Leaving Certificate Examination (including Day School Certificate (Higher) General paper), 1936
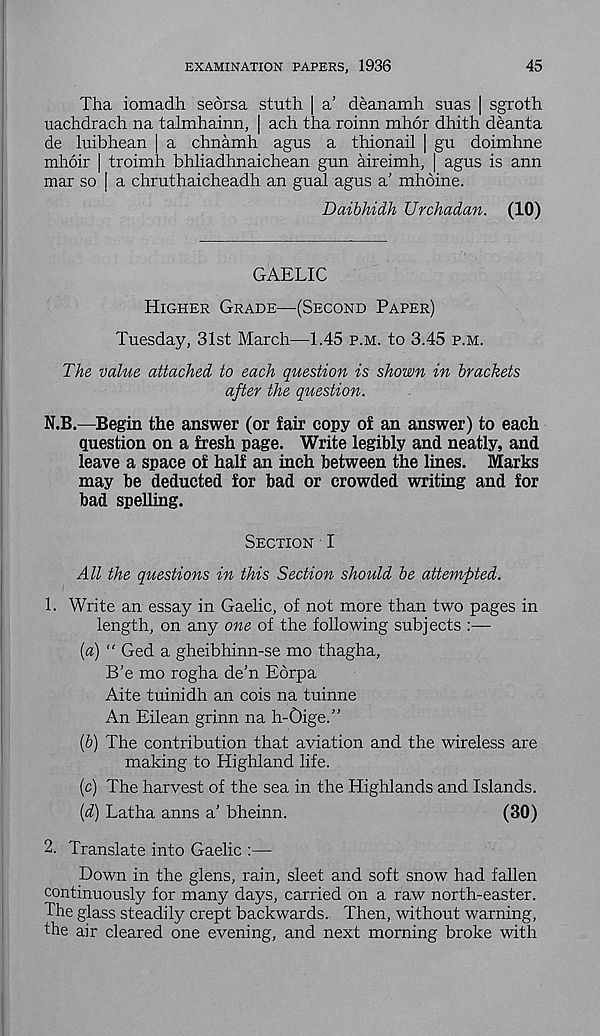
EXAMINATION PAPERS, 1936
45
Tha iomadh seorsa stuth | a' deanamh suas | sgroth
uachdrach na talmhainn, | ach tha roinn mhor dhith deanta
de luibhean | a chnamh agus a thionail | gu doimhne
mhoir | troimh bhliadhnaichean gun aireimh, | agus is ann
mar so | a chruthaicheadh an gual agus a’ mhbine.
Daibhidh Urchadan. (10)
GAELIC
Higher Grade—(Second Paper)
Tuesday, 31st March—1.45 p.m. to 3.45 p.m.
The value attached to each question is shown in brackets
after the question.
N.B.—Begin the answer (or fair copy of an answer) to each
question on a fresh page. Write legibly and neatly, and
leave a space of half an inch between the lines. Marks
may be deducted for bad or crowded writing and for
bad spelling.
Section I
All the questions in this Section should be attempted.
1. Write an essay in Gaelic, of not more than two pages in
length, on any one of the following subjects :—
(«) " Ged a gheibhinn-se mo thagha,
B'e mo rogha de’n Ebrpa
Aite tuinidh an cois na tuinne
An Eilean grinn na h-Oige.”
(6) The contribution that aviation and the wireless are
making to Highland life.
(c) The harvest of the sea in the Highlands and Islands.
{d) Latha anns a’ bheinn.
(30)
2. Translate into Gaelic :—
Down in the glens, rain, sleet and soft snow had fallen
continuously for many days, carried on a raw north-easter.
The glass steadily crept backwards. Then, without warning,
the air cleared one evening, and next morning broke with